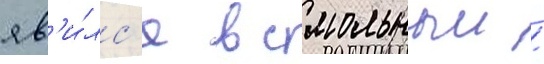
яв'и́лс'я в смольныи /